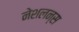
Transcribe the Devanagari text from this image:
नेशलन्स